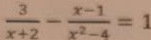
\frac { 3 } { x + 2 } - \frac { x - 1 } { x ^ { 2 } - 4 } = 1